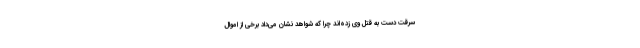
سرقت دست به قتل وی زده‌اند چرا که شواهد نشان می‌داد برخی از اموال